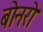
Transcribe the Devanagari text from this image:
बोनरो